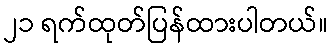
၂၁ ရက်ထုတ်ပြန်ထားပါတယ်။